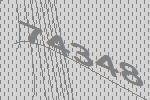
74348